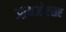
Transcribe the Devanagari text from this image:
आयओएसए